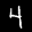
Label: 4